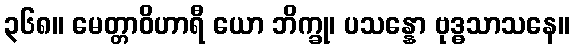
၃၆၈။ မေတ္တာဝိဟာရီ ယော ဘိက္ခု၊ ပသန္နော ဗုဒ္ဓသာသနေ။